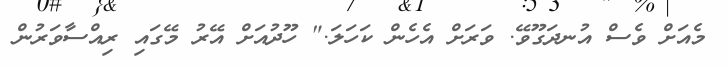
މެއަށް ވެސް އުނދަގޫވޭ. ވަރަށް އެހެން ކަހަލަ." ހޫދުއަށް އޭރު މޭގައި ރިއްސާވަރުން